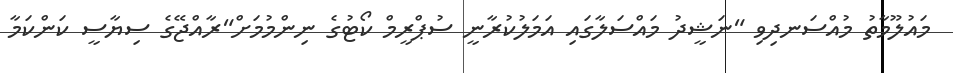
މައުލޫމާތު މުއްސަނދިވި "ނަޝީދު މައްސަލާގައި އަމަލުކުރާނީ ސުޕްރީމް ކޯޓުގެ ނިންމުމަށް"ރާއްޖޭގެ ސިޔާސީ ކަންކަމާ